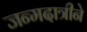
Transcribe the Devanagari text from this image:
जन्मदात्रीने